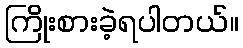
ကြိုးစားခဲ့ရပါတယ်။